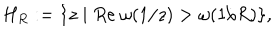
LaTeX: H _ { R } : = \{ z \mid R e \ \omega ( 1 / z ) > \omega ( 1 / R ) \} ,